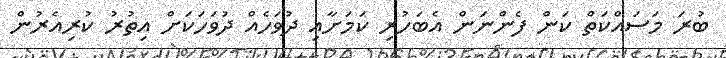
ބުރަ މަސައްކަތް ކަން ފެންނަން އެބަހުރި ކަމަށާއި ދުވަހެއް ދުވަހަކަށް އިތުރު ކުރިއެރުން